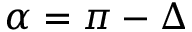
\alpha = \pi - \Delta